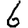
Digit: 6